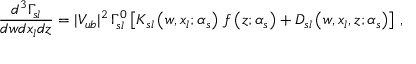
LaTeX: \frac { d ^ { 3 } \Gamma _ { s l } } { d w d x _ { l } d z } = | V _ { u b } | ^ { 2 } \, \Gamma _ { s l } ^ { 0 } \left[ K _ { s l } \left( w , x _ { l } ; \alpha _ { s } \right) \, f \left( z ; \alpha _ { s } \right) + D _ { s l } \left( w , x _ { l } , z ; \alpha _ { s } \right) \right] \, ,